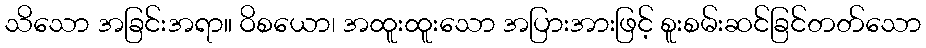
သိသော အခြင်းအရာ။ ဝိစယော၊ အထူးထူးသော အပြားအားဖြင့် စူးစမ်းဆင်ခြင်တတ်သော